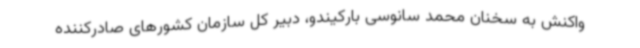
واکنش به سخنان محمد سانوسی بارکیندو، دبیر کل سازمان کشورهای صادرکننده